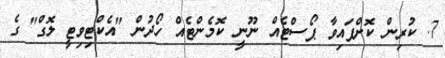
7. ކުރިން ކޮށްފައިވާ ޕޯސްޓެއް ނޫނީ ކޮމެންޓެއް ހޯދުން "އެކްޓިވިޓީ ލޮގް" ގެ